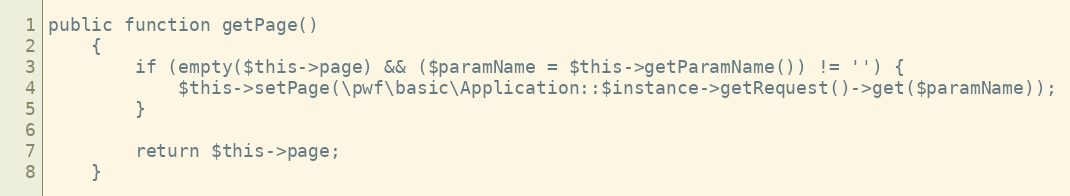
Language: PHP
public function getPage()
    {
        if (empty($this->page) && ($paramName = $this->getParamName()) != '') {
            $this->setPage(\pwf\basic\Application::$instance->getRequest()->get($paramName));
        }

        return $this->page;
    }